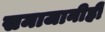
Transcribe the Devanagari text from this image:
समाजानीही